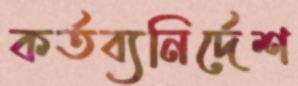
কর্তব্যনির্দেশ